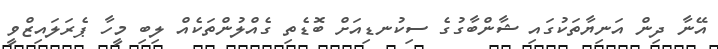
އޭނާ ދިން އަނިޔާތަކުގައި ޝާންބާގުގެ ސިކުނޑިއަށް ބޮޑެތި ގެއްލުންތަކެއް ލިބި މީހާ ޕެރަލައިޒްވީ